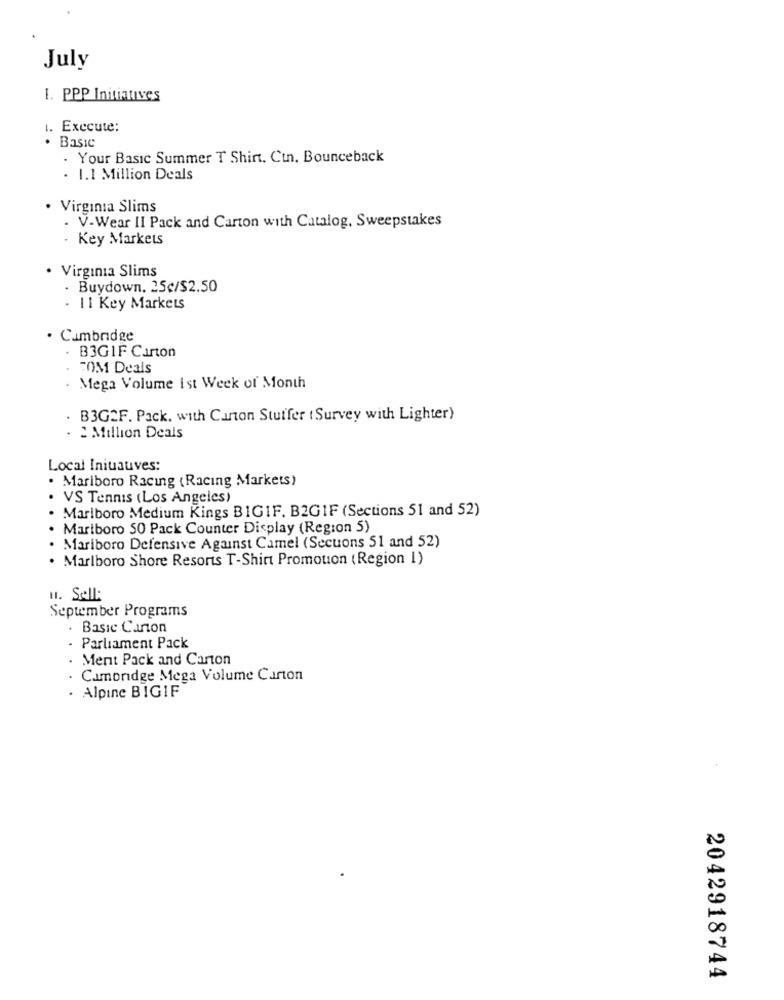
July
1. PPP Initiatives
1. Execute:
Basic
. Your Basic Summer T Shirt. Cun. Bounceback
- 1.1 Million Deals
· Virginia Slims
. V-Wear II Pack and Carton with Catalog, Sweepstakes
- Key Markets
Virginia Slims
. Buydown. 25€/$2.50
- 11 Key Markets
Cambridge
- B3GIF Carton
TOM Deals
Mega Volume Ist Week of Month
. B3G2F. Pack. with Carton Stuffer (Survey with Lighter)
. 2 Million Deals
Local Iniuauves:
Marlboro Racing { Racing Markets)
VS Tennis (Los Angeles)
Marlboro Medium Kings BIGIF. B2GIF (Sections 51 and 52)
Marlboro 50 Pack Counter Display (Region 5)
Mariboro Defensive Against Camel (Secuons 51 and 52)
. Marlboro Shore Resorts T-Shirt Promotion (Region I)
H. Sell:
September Programs
. Basic Canon
- Parliament Pack
Ment Pack and Carton
. Camondge Mega Volume Carton
. Alpine BIGIF
2042918744